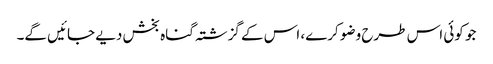
جو کوئی اس طرح وضو کرے، اس کے گزشتہ گناہ بخش دیے جائیں گے۔